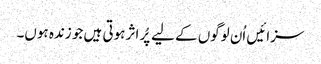
سزائیں اُن لوگوں کے لیے پُر اثر ہوتی ہیں جو زندہ ہوں۔